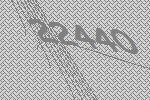
22440